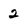
Character: 2